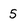
Character: 5